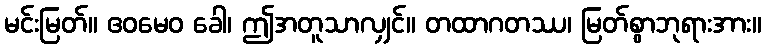
မင်းမြတ်။ ဧဝမေဝ ခေါ၊ ဤအတူသာလျှင်။ တထာဂတဿ၊ မြတ်စွာဘုရားအား။